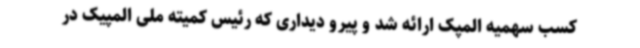
کسب سهمیه المپک ارائه شد و پیرو دیداری که رئیس کمیته ملی المپیک در